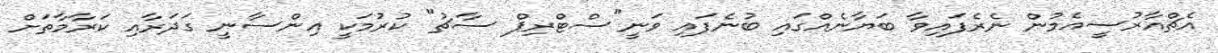
އެޗްއާރުސީއެމުން ނެރެފައިވާ ބަޔާނެއްގައި ބުނެފައި ވަނީ"ސްޓްރިޕް ސާޗު" ކުރުމަކީ އިންސާނީ ގަދަރާއި ކަރާމާތަށް